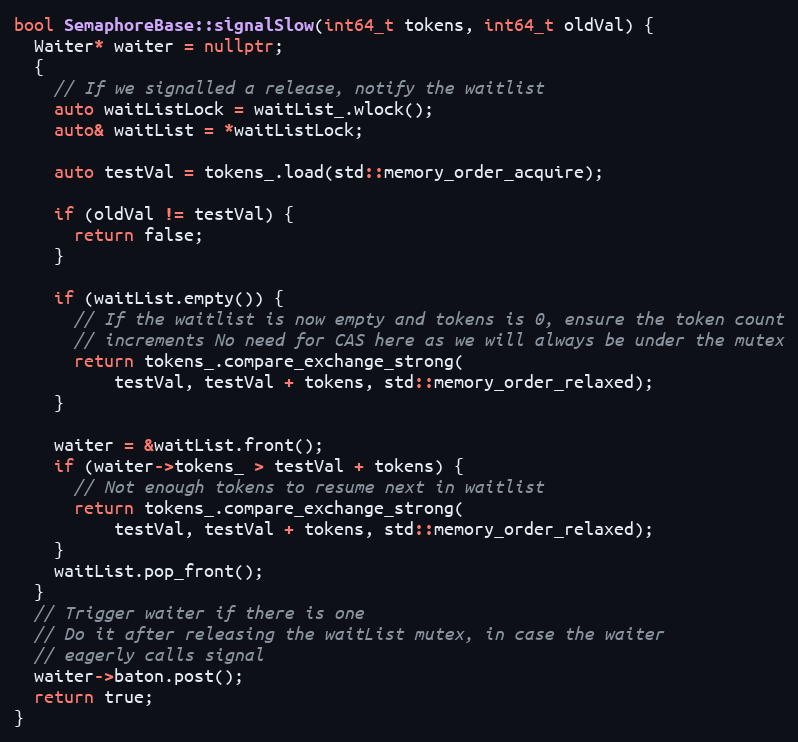
Language: C++
bool SemaphoreBase::signalSlow(int64_t tokens, int64_t oldVal) {
  Waiter* waiter = nullptr;
  {
    // If we signalled a release, notify the waitlist
    auto waitListLock = waitList_.wlock();
    auto& waitList = *waitListLock;

    auto testVal = tokens_.load(std::memory_order_acquire);

    if (oldVal != testVal) {
      return false;
    }

    if (waitList.empty()) {
      // If the waitlist is now empty and tokens is 0, ensure the token count
      // increments No need for CAS here as we will always be under the mutex
      return tokens_.compare_exchange_strong(
          testVal, testVal + tokens, std::memory_order_relaxed);
    }

    waiter = &waitList.front();
    if (waiter->tokens_ > testVal + tokens) {
      // Not enough tokens to resume next in waitlist
      return tokens_.compare_exchange_strong(
          testVal, testVal + tokens, std::memory_order_relaxed);
    }
    waitList.pop_front();
  }
  // Trigger waiter if there is one
  // Do it after releasing the waitList mutex, in case the waiter
  // eagerly calls signal
  waiter->baton.post();
  return true;
}